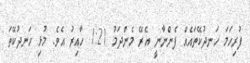
ފުރިހަމަ ހަނދުކޭތައެއް ފެންނާނީ އެރޭ މެންދަމު 1:21 ހާއިރު އެވެ. މުޅި ހަނދުކޭތަ